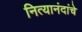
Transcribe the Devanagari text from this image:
नित्यानंदांचे